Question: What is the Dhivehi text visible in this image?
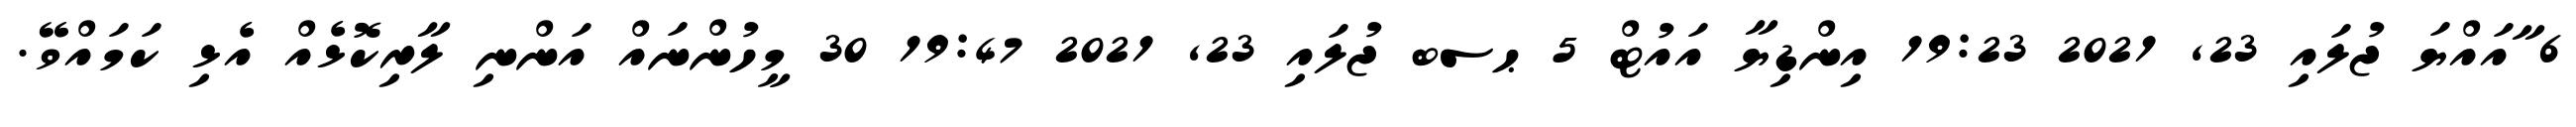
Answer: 6 ާއައްޔަ ޖުލައި 23, 2021 19:23 އިންޑިޔާ އައުޓް 5 ޙސބ ޖުލައި 23, 2021 19:47 30 މީހުންނައް އަންނި ލާރިކޮޅެއް އެޅި ކަމައްވޭ.